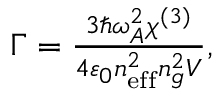
\begin{array} { r } { \Gamma = \frac { 3 \hbar \omega _ { A } ^ { 2 } \chi ^ { ( 3 ) } } { 4 \varepsilon _ { 0 } n _ { \mathrm { e f f } } ^ { 2 } n _ { g } ^ { 2 } V } , } \end{array}